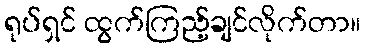
ရုပ်ရှင် ထွက်ကြည့်ချင်လိုက်တာ။